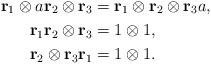
LaTeX: \begin{align*}\mathbf r_1 \otimes a\mathbf r_2 \otimes \mathbf r_3 &= \mathbf r_1 \otimes \mathbf r_2 \otimes \mathbf r_3a ,\\\mathbf r_1\mathbf r_2 \otimes \mathbf r_3 &= 1 \otimes 1 , \\\mathbf r_2 \otimes \mathbf r_3\mathbf r_1 &= 1 \otimes 1 .\end{align*}